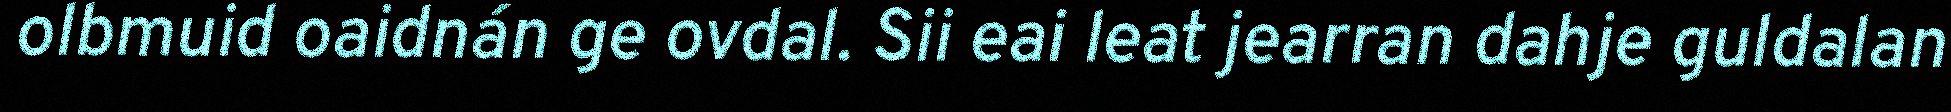
olbmuid oaidnán ge ovdal. Sii eai leat jearran dahje guldalan